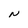
Character: N